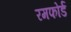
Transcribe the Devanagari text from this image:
रमफोर्ड